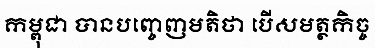
កម្ពុជា បានបញ្ចេញមតិថា បើសមត្ថកិច្ច